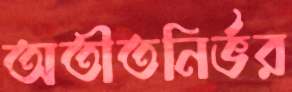
অতীতনির্ভর